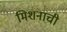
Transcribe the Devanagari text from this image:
मिशनाची